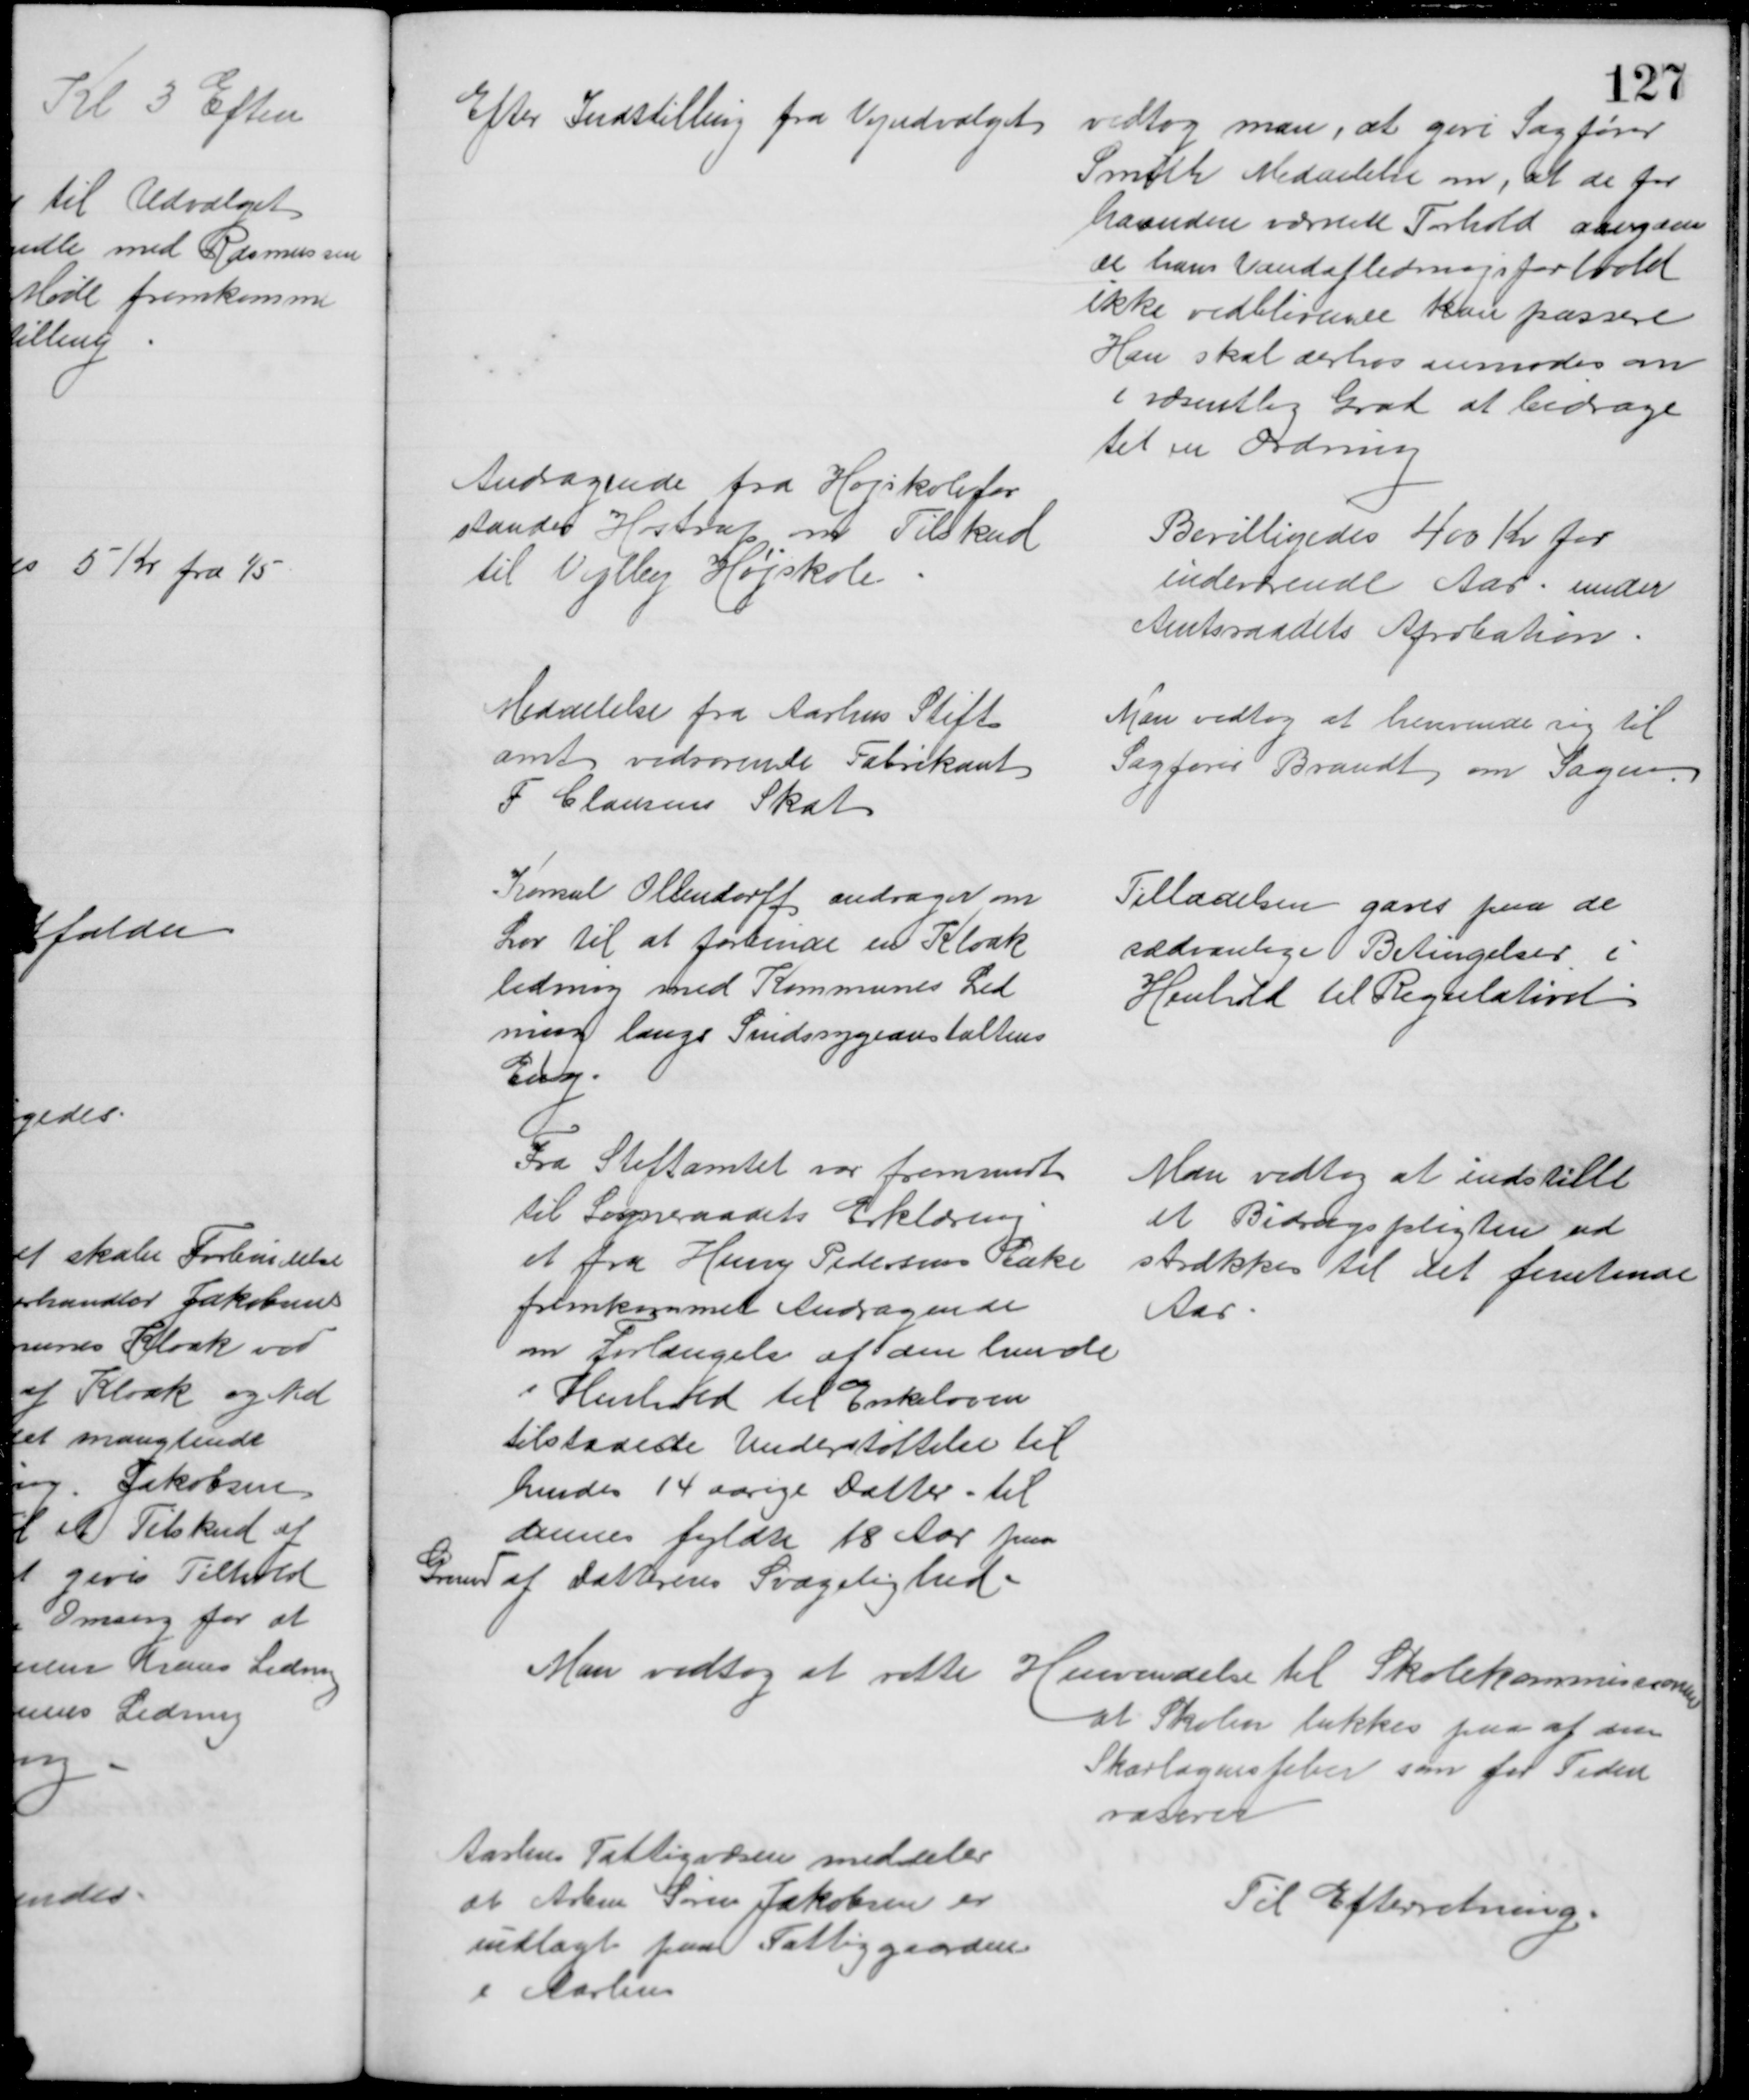
Transskription:
Efter Indstilling fra Vejudvalget
vedtog man, at give Sagfører
Smith Meddelelse om, at de for
haanden værende Forhold angaaen
de hans Vandafledningsforhold
ikke vedblivende kan passere
Han skal derhos anmodes om
i væsentlig Grad at bidrage
til en Ordning
Andragende fra Højskolefor
stander Hostrup om Tilskud
til Vejlby Højskole
Bevilligedes 400 Kr for
indeværende Aar under
Amtsraadets Aprobation.
Meddelelse fra Aarhus Stift
amt vedrørende Fabrikant
F Clausens Skat
Man vedtog at henvende sig til
Sagfører Brandt om Sagen
Konsul Ollendorff andrager om
Lov til at forbinde en Kloak
ledning med Kommunes Led
ning langs Sindssygeanstaltens
Eng.
Tilladelsen gaves paa de
sædvanlige Betingelser i 
Henhold til Regulativet
Fra Stiftamtet var fremsendt
til Sogneraadets Erklæring
et fra Henry Pedersens Enke
fremkommet Andragende
om forlængelse af den hende
i Henhold til Enkeloven
tilstaaede Understøttelse til
hendes 14 aarige Datter til
dennes fyldte 18 Aar paa
Grund af Datterens Svagelighed.
Man vedtog at indstille
at Bidragspligten ud
strækkes til det femtende
Aar
Man vedtog at rette Henvendelse til Skolekommissionen
at Skolen lukkes paa af den
Skarlagensfeber som for Tiden
raserer
Aarhus Fattigvæsen meddeler
at Arbm Søren Jakobsen er
indlagt paa Fattiggaarden
i Aarhus
Til Efterretning